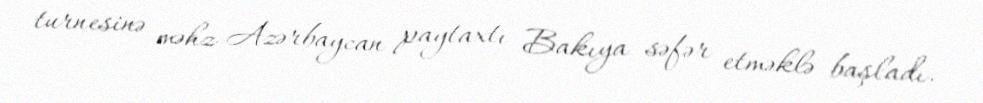
turnesinə məhz Azərbaycan paytaxtı Bakıya səfər etməklə başladı.